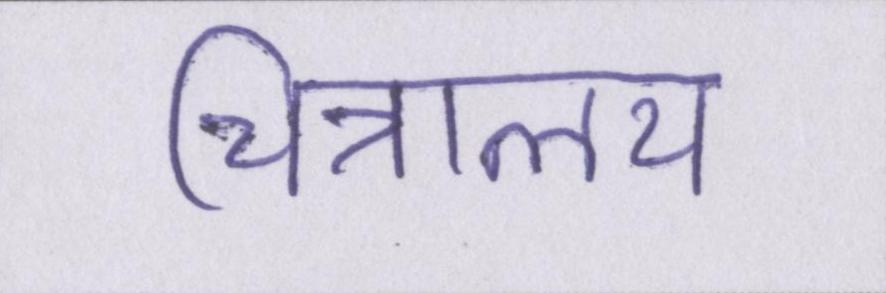
चित्रालय